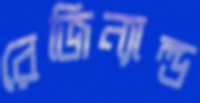
রেজিন্যাল্ড